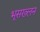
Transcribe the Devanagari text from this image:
भूसख्लन